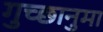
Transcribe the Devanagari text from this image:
गुच्छानुमा